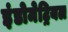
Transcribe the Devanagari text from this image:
इंडोमेट्रियल